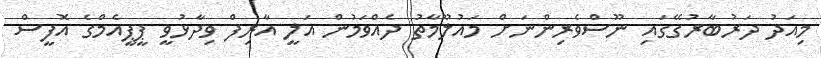
މިއަދު ދަރުބާރުގޭގައި ނޫސްވެރިންނަށް މައުލޫމާތު ދެއްވަމުން އަލީ އާރިފް ވިދާޅުވީ ޕީޕީއެމްގެ އޮފީސް